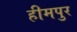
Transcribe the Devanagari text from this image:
हीमपुर